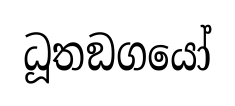
ධූතඞගයෝ